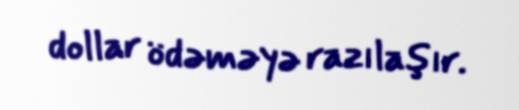
dollar ödəməyə razılaşır.